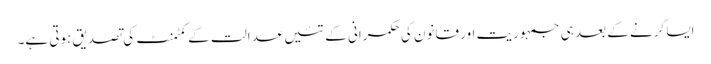
ایسا کرنے کے بعد ہی جمہوریت اور قانون کی حکمرانی کے تئیں عدالت کے کمٹمنٹ کی تصدیق ہوتی ہے۔